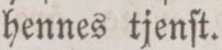
hennes tjenſt.